Source: Handwritten
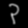
Digit: ၃ (3)